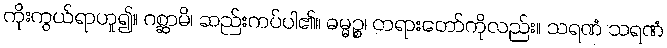
ကိုးကွယ်ရာဟူ၍။ ဂစ္ဆာမိ၊ ဆည်းကပ်ပါ၏။ ဓမ္မဉ္စ၊ တရားတော်ကိုလည်း။ သရဏံ သရဏံ